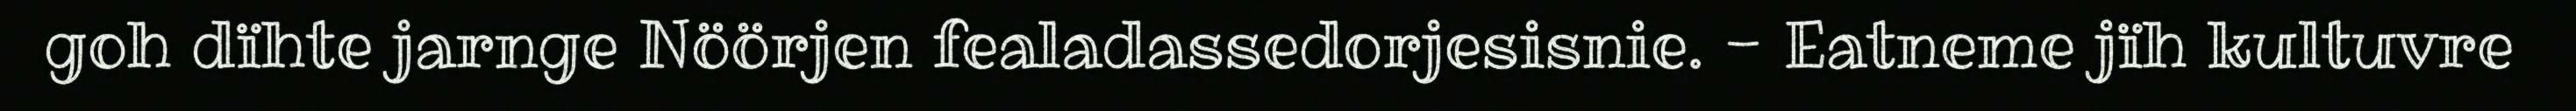
goh dïhte jarnge Nöörjen fealadassedorjesisnie. - Eatneme jïh kultuvre